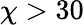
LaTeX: \chi>30